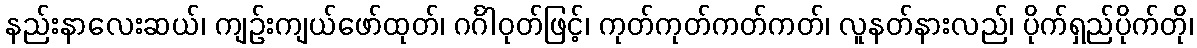
နည်းနာလေးဆယ်၊ ကျဉ်းကျယ်ဖော်ထုတ်၊ ဂင်္ဂါဝုတ်ဖြင့်၊ ကုတ်ကုတ်ကတ်ကတ်၊ လူနတ်နားလည်၊ ပိုက်ရှည်ပိုက်တို၊